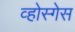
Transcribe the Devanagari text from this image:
व्होस्गेस